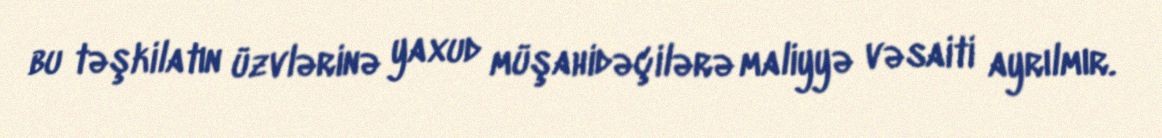
bu təşkilatın üzvlərinə yaxud müşahidəçilərə maliyyə vəsaiti ayrılmır.